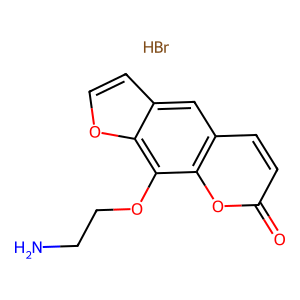
SMILES: Br.NCCOc1c2occc2cc2ccc(=O)oc12
Inhibits HIV replication: No